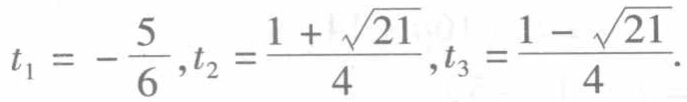
\(t_{1}=-\frac{5}{6},t_{2}=\frac{1 + \sqrt{21}}{4},t_{3}=\frac{1 - \sqrt{21}}{4}\)